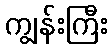
ကျွန်းကြီး